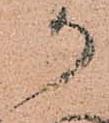
か